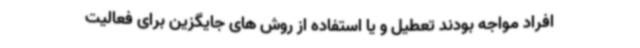
افراد مواجه بودند تعطیل و یا استفاده از روش های جایگزین برای فعالیت